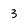
Character: 3